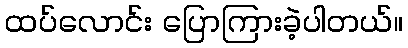
ထပ်လောင်း ပြောကြားခဲ့ပါတယ်။